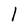
Character: 1